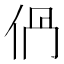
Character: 𠈥